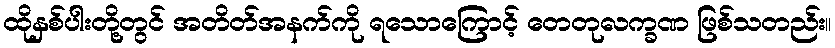
ထိုနှစ်ပါးတို့တွင် အတိတ်အနက်ကို ရသောကြောင့် တေတုလက္ခဏ ဖြစ်သတည်း။